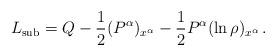
LaTeX: \begin{align*}L_\mathrm{sub}=Q-\frac12(P^\alpha)_{x^\alpha}-\frac12P^\alpha(\ln\rho)_{x^\alpha}\,.\end{align*}